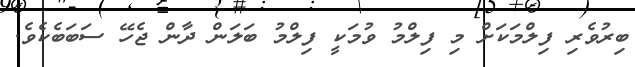
ބިރުވެރި ފިލްމަކަށް މި ފިލްމު ވުމަކީ ފިލްމު ބަލަން ދާން ޖެހޭ ސަބަބެކެވެ.